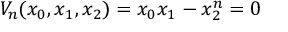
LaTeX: { V _ { n } } ( { x _ { 0 } } , { x _ { 1 } } , { x _ { 2 } } ) = { x _ { 0 } } { x _ { 1 } } - { x _ { 2 } ^ { n } } = 0